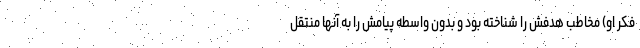
فکر او) مخاطب هدفش را شناخته بود و بدون واسطه پیامش را به آنها منتقل